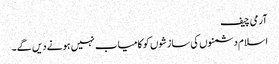
آرمی چیف
اسلام دشمنوں کی سازشوں کو کامیاب نہیں ہونے دیں گے۔